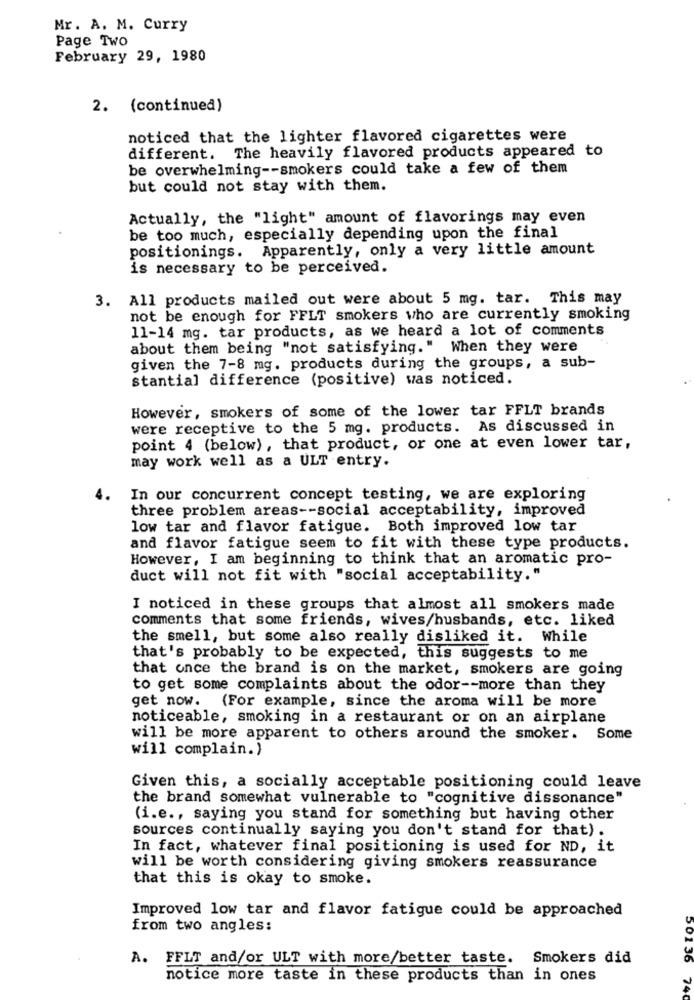
Mr. A. M. Curry
Page Two
February 29, 1980
2. (continued)
noticed that the lighter flavored cigarettes were
different. The heavily flavored products appeared to
be overwhelming -- smokers could take a few of them
but could not stay with them.
Actually, the "light" amount of flavorings may even
be too much, especially depending upon the final
positionings. Apparently, only a very little amount
is necessary to be perceived.
3. All products mailed out were about 5 mg. tar. This may
not be enough for FFLT smokers who are currently smoking
11-14 mg. tar products, as we heard a lot of comments
about them being "not satisfying." When they were
given the 7-8 mg. products during the groups, a sub-
stantial difference (positive) was noticed.
However, smokers of some of the lower tar FFLT brands
were receptive to the 5 mg. products. As discussed in
point 4 (below), that product, or one at even lower tar,
may work well as a ULT entry.
4. In our concurrent concept testing, we are exploring
three problem areas -- social acceptability, improved
low tar and flavor fatigue. Both improved low tar
and flavor fatigue seem to fit with these type products.
However, I am beginning to think that an aromatic pro-
duct will not fit with "social acceptability."
I noticed in these groups that almost all smokers made
comments that some friends, wives/husbands, etc. liked
the smell, but some also really disliked it. While
that's probably to be expected, this suggests to me
that once the brand is on the market, smokers are going
to get some complaints about the odor -- more than they
get now. (For example, since the aroma will be more
noticeable, smoking in a restaurant or on an airplane
will be more apparent to others around the smoker. Some
will complain.)
Given this, a socially acceptable positioning could leave
the brand somewhat vulnerable to "cognitive dissonance"
(i.e ., saying you stand for something but having other
sources continually saying you don't stand for that).
In fact, whatever final positioning is used for ND, it
will be worth considering giving smokers reassurance
that this is okay to smoke.
Improved low tar and flavor fatigue could be approached
from two angles:
A. FFLT and/or ULT with more/better taste. Smokers did
501 36
notice more taste in these products than in ones
74